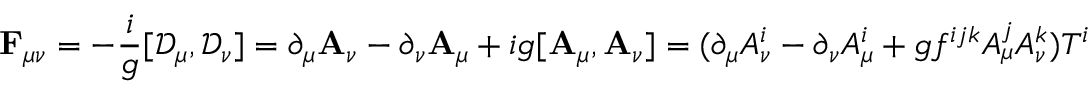
\mathbf { F } _ { \mu \nu } = - { \frac { i } { g } } [ \mathbf { \mathcal { D } } _ { \mu } , \mathbf { \mathcal { D } } _ { \nu } ] = \partial _ { \mu } \mathbf { A } _ { \nu } - \partial _ { \nu } \mathbf { A } _ { \mu } + i g [ \mathbf { A } _ { \mu } , \mathbf { A } _ { \nu } ] = ( \partial _ { \mu } A _ { \nu } ^ { i } - \partial _ { \nu } A _ { \mu } ^ { i } + g f ^ { i j k } A _ { \mu } ^ { j } A _ { \nu } ^ { k } ) T ^ { i }